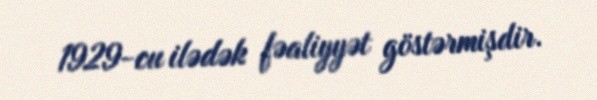
1929-cu ilədək fəaliyyət göstərmişdir.